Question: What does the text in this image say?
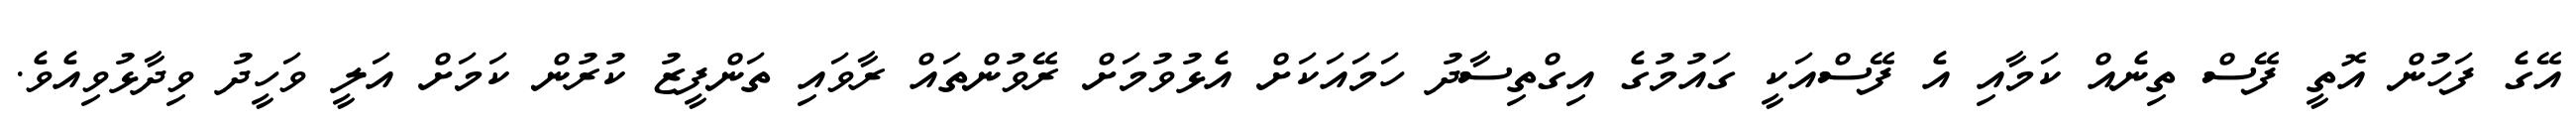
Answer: އޭގެ ފަހުން އޮތީ ފޭސް ތިނެއް ކަމާއި އެ ފޭސްއަކީ ގައުމުގެ އިގްތިސާދު ހަމައަކަށް އެޅުވުމަށް ރޭވުންތައް ރާވައި ތަންފީޒު ކުރުން ކަމަށް އަލީ ވަހީދު ވިދާޅުވިއެވެ.